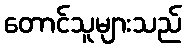
တောင်သူများသည်